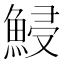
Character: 鮼